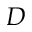
D